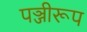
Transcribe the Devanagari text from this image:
पञ्जीरूप